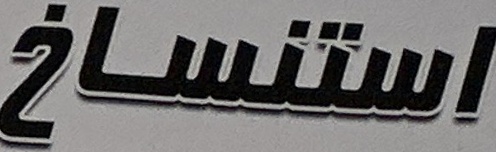
استنساخ